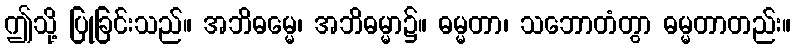
ဤသို့ ပြုခြင်းသည်။ အဘိဓမ္မေ၊ အဘိဓမ္မာ၌။ ဓမ္မတာ၊ သဘောတံတွာ ဓမ္မတာတည်း။